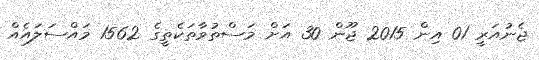
ޖެނުއަރީ 01 އިން 2015 ޖޫން 30 އަށް މަސްތުވާތަކެތީގެ 1562 މައްސަލައެއް